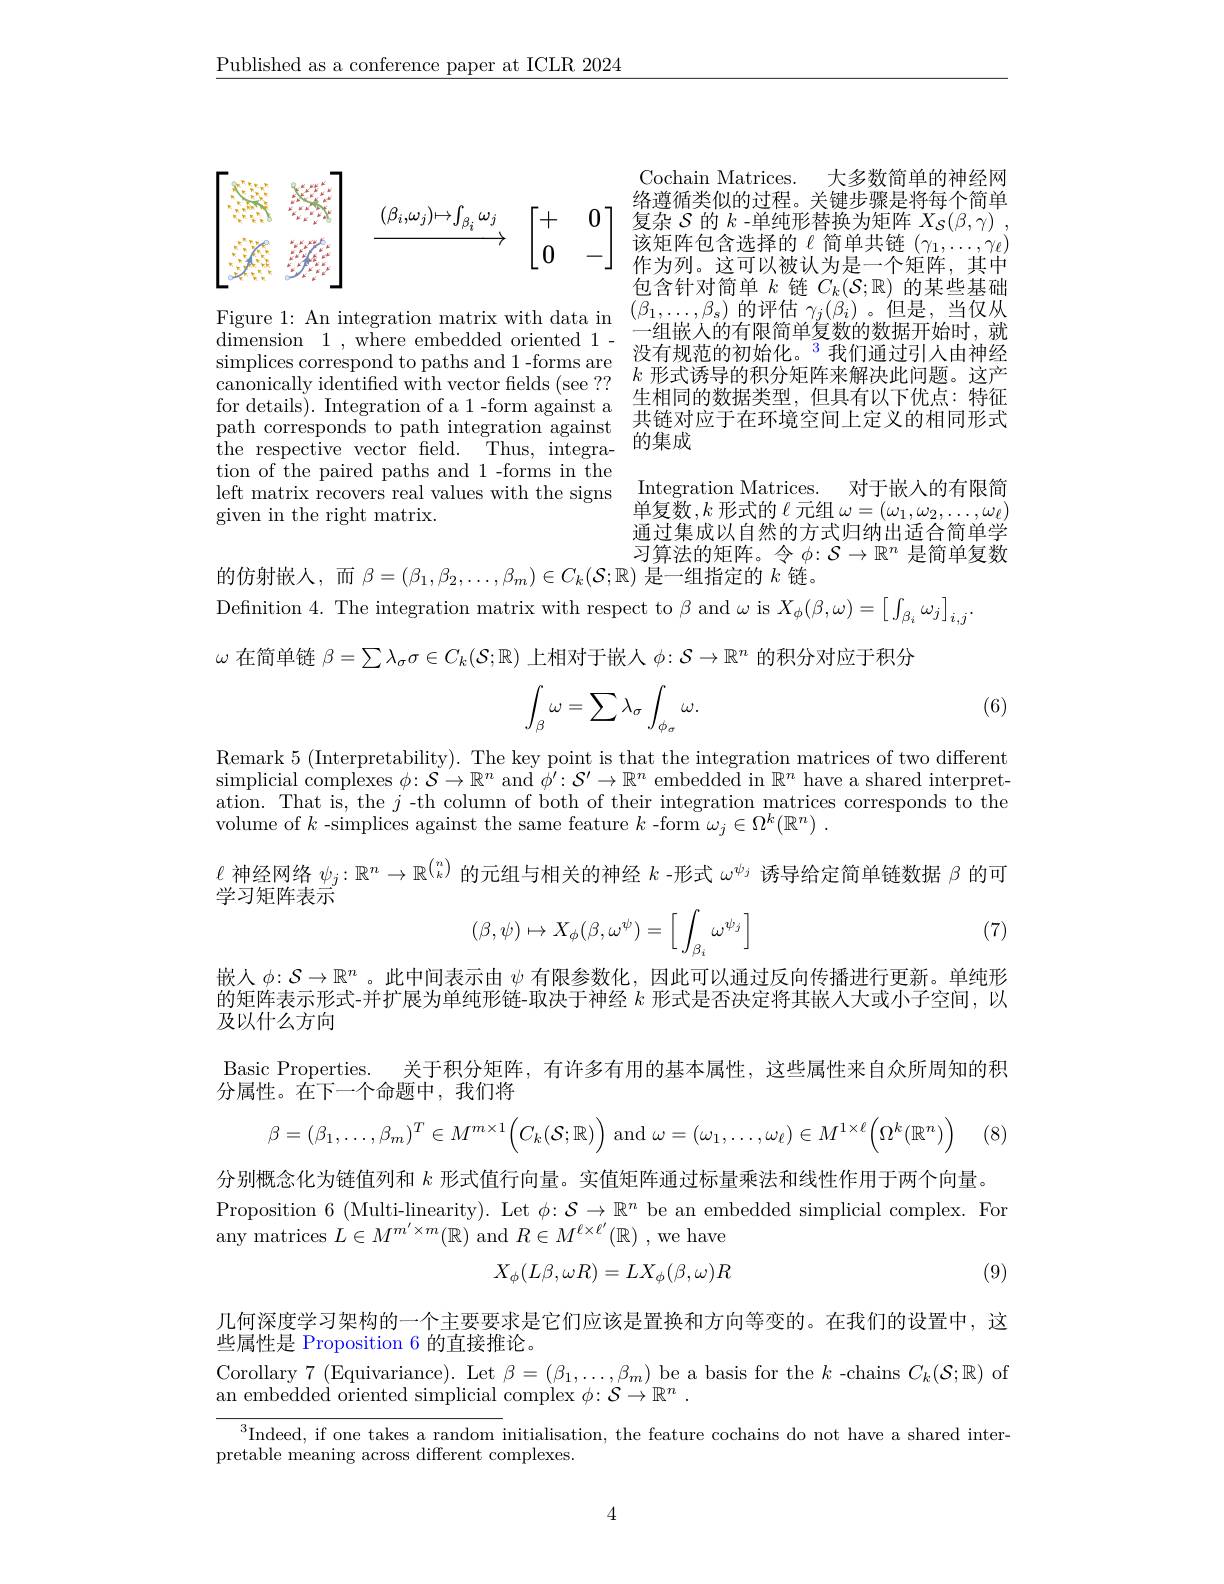
$\underline{\text{Published as a conference paper at ICLR 2024}}$

<FigureHere>

Cochain Matrices. 大多数简单的神经网络遵循类似的过程。关键步骤是将每个简单复杂$\mathcal{S}$的$k$ -单纯形替换为矩阵$X_S(\beta,\gamma)$ , 该矩阵包含选择的《简单共链($\gamma_1,\ldots,\gamma_\ell)$ 作为列。这可以被认为是一个矩阵，其中包含针对简单$k$链$C_k(\mathcal{S};\mathbb{R})$的某些基础
Figure 1: An integration matrix with data in $\begin{array}{c}(\overline{\beta}_{1},\ldots,\beta_{\mathrm{s}})\text{ 的评估 }\gamma_{j}(\beta_{i})\text{。但是，当仅从}\\-\text{组端 }\lambda\text{ 的右阳筒单有数的断显开始时}\end{array}$ inguci. . nntograuntinatixtintuautin一 组 嵌 人 的 有 限 简 单 复 数 的 数 据 开 始 时 , 就 dimension 1, where embedded oriented 1- — — 组 嵌 人 的 有 限 简 单 复 数 的 数 据 开 始 时 , 就 simplices correspond opaths and 1- forms are $\text{没 有 规 范 的 初 始 化 。}^{3}$我 们 通 过 引 人 由 神 经 canonically identified with vector felds ( ese? ? $k$ the respective vector field. Thus, integra- 的集成

tion of the paired paths and 1-forms in the left matrix recovers real values with the signs given in the right matrix.

Integration Matrices. 对于嵌人的有限简单复数$,k$形式的$\ell$元组$\omega=(\omega_1,\omega_2,\ldots,\omega_\ell)$ 通过集成以自然的方式归纳出适合简单学习算法的矩阵。令$\phi:\mathcal{S}\to\mathbb{R}^n$是简单复数
的仿射嵌人，而$\beta=(\beta_1,\beta_2,\ldots,\beta_m)\in C_k(\mathcal{S};\mathbb{R})$是一组指定的$k$链。

Definition 4. The integration matrix with respect to $\beta$ and $\omega$ is $X_\phi(\beta,\omega)=\left\lfloor\int_{\beta_{i}}\omega_{j}\right\rfloor_{i,j}$
$\omega$在简单链$\beta=\sum\lambda_\sigma\sigma\in C_k(\mathcal{S};\mathbb{R})$上相对于嵌人$\phi:\mathcal{S}\to\mathbb{R}^n$的积分对应于积分

(6)
$$\int_{\beta}\omega=\sum\lambda_{\sigma}\int_{\phi_{\sigma}}\omega.$$
Remark 5 (Interpretability). The key point is that the integration matrices of two different simplicial complexes $\phi:\mathcal{S}\to\mathbb{R}^n$ and $\bar{\phi^{\prime}}:\mathcal{S}^{\prime}\to\mathbb{R}^n$ embedded in $\mathbb{R}^n$ have a shared interpretation. That is, the $j$ -th column of both of their integration matrices corresponds to the volume of $k$ -simplices against the same feature $k$ -form $\omega _j\in \Omega ^k( \mathbb{R} ^n)$ .
$\ell$神经网络$\psi_j:\mathbb{R}^n\to\mathbb{R}^{\binom nk}$的元组与相关的神经$k$ -形式$\omega^\psi_j$诱导给定简单链数据$\beta$的可
学习矩阵表示

(7)
$$(\beta,\psi)\mapsto X_\phi(\beta,\omega^\psi)=\Big[\int_{\beta_i}\omega^{\psi_j}\Big]$$
嵌人$\phi{:}\mathcal{S}\to\mathbb{R}^n$。此中间表示由$\psi$有限参数化，因此可以通过反向传播进行更新。单纯形的矩阵表示形式-并扩展为单纯形链-取决于神经$k$形式是否决定将其嵌人大或小子空间，以及以什么方向
Basic Properties. 关于积分矩阵，有许多有用的基本属性，这些属性来自众所周知的积
分属性。在下一个命题中，我们将

1 (8)
$$\beta=(\beta_1,\dots,\beta_m)^T\in M^{m\times1}\Big(C_k(\mathcal{S};\mathbb{R})\Big)\text{and}\omega=(\omega_1,\dots,\omega_\ell)\in M^{1\times\ell}\Big(\Omega^k(\mathbb{R}^n)\Big)$$
分别概念化为链值列和$k$形式值行向量。实值矩阵通过标量乘法和线性作用于两个向量。
Proposition 6 (Multi-linearity). Let $\phi:\mathcal{S}\to\mathbb{R}^n$ be an embedded simplicial complex. For
any matrices $L\in M^{m^{\prime}\times m}(\mathbb{R})$ and $R\in M^\ell\times\ell^{\prime}(\mathbb{R})$ ,we have
$$X_{\phi}(L\beta,\omega R)=LX_{\phi}(\beta,\omega)R$$
(9)

几何深度学习架构的一个主要要求是它们应该是置换和方向等变的。在我们的设置中，这
些属性是 Proposition 6 的直接推论。
Corollary 7 (Equivariance). Let $\beta=(\beta_1,\ldots,\beta_m)$ be a basis for the $k$ -chains $C_k(\mathcal{S};\mathbb{R})$ of
an embedded oriented simplicial complex $\phi : \mathcal{S} \to \mathbb{R} ^n$ .

$^3$Indeed, if one takes a random initialisation, the feature cochains do not have a shared inter-
pretable meaning across different complexes.

4